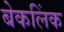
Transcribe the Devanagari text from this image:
बेकलिंक